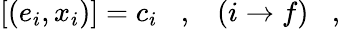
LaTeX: [(e_{i},x_{i})]=c_{i}\; \; \; ,\; \; \; (i\rightarrow f)\; \; \; ,